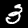
Digit: 3